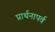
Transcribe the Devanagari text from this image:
प्रार्थनापर्व